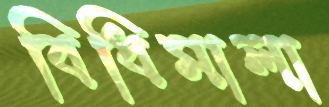
বিধিমালা